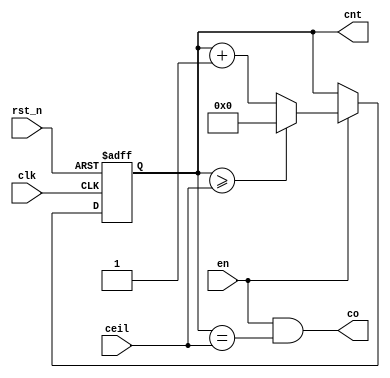
//ceil
//Verilator
`timescale 1ns/1ns
//
module cnt_ceil(
  input        clk,
  input        en,
  input        rst_n,
  input  [3:0] ceil,
  output [3:0] cnt,
  output       co
);
  reg [3:0] cnt_reg;
  always@(posedge clk,negedge rst_n)
    begin
      if(!rst_n)
        cnt_reg <= 'b0;
      else
        if(en)
          if(cnt_reg >= ceil)
            cnt_reg <= 'b0;
          else
            cnt_reg <= cnt_reg + 1'b1;
    end
  assign cnt = cnt_reg;
  assign co  = en && (cnt_reg==ceil);
endmodule